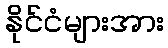
နိုင်ငံများအား